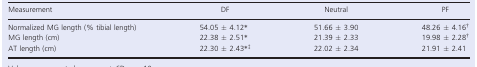
| Measurement | DF | Neutral | PF |
 | --- | --- | --- | --- |
 | Normalized MG length (% tibial length) | 54.05 ± 4.12* | 51.66 ± 3.90 | 48.26 ± 4.16† |
 | MG length (cm) | 22.38 ± 2.51* | 21.39 ± 2.33 | 19.98 ± 2.28† |
 | AT length (cm) | 22.30 ± 2.43*‡ | 22.02 ± 2.34 | 21.91 ± 2.41 |